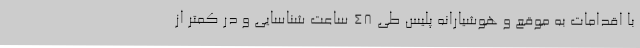
با اقدامات به موقع و هوشیارانه پلیس طی ۴۸ ساعت شناسایی و در کمتر از